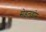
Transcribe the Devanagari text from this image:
सेडलडोम